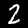
Digit: 2